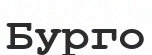
Бурго